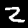
Label: 2